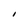
Character: I